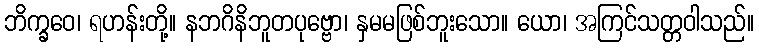
ဘိက္ခဝေ၊ ရဟန်းတို့။ နဘဂိနိဘူတပုဗ္ဗော၊ နှမမဖြစ်ဘူးသော။ ယော၊ အကြင်သတ္တဝါသည်။